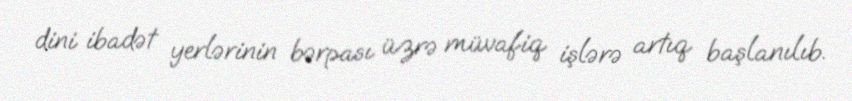
dini ibadət yerlərinin bərpası üzrə müvafiq işlərə artıq başlanılıb.